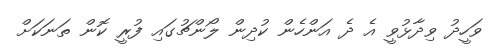
ވަހީދު ވިދާޅުވީ އެ ދެ އަންހެން ކުދިން ލޯންޗުގައި ފުރީ ކޮން ތަނަކަށް